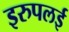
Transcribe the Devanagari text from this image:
इरुपलई